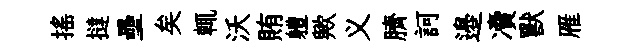
揺撻壘矣輒沃賄軆歟义臍訶邉凟獸雁